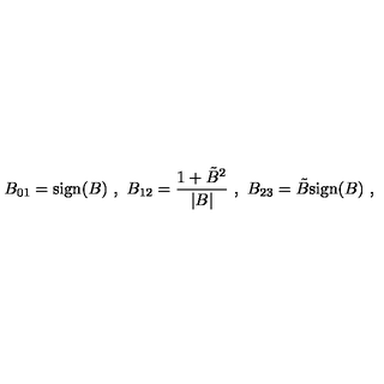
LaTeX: B _ { 0 1 } = \mathrm { s i g n } ( B ) \ , \ B _ { 1 2 } = { \frac { 1 + { \tilde { B } } ^ { 2 } } { | B | } } \ , \ B _ { 2 3 } = \tilde { B } \mathrm { s i g n } ( B ) \ ,